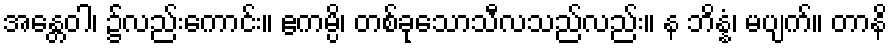
အန္တေဝါ၊ ၌လည်းကောင်း။ ဧကမ္ပိ၊ တစ်ခုသောသီလသည်လည်း။ န ဘိန္နံ၊ မပျက်။ တာနိ